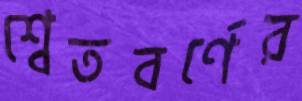
শ্বেতবর্ণের